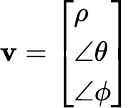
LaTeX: \mathbf{v}=\left[{\begin{array}{l}{\rho}\\ {\angle\theta}\\ {\angle\phi}\end{array}}\right]